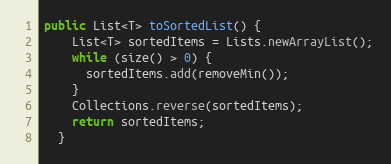
Language: Java
public List<T> toSortedList() {
    List<T> sortedItems = Lists.newArrayList();
    while (size() > 0) {
      sortedItems.add(removeMin());
    }
    Collections.reverse(sortedItems);
    return sortedItems;
  }